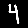
Digit: 4